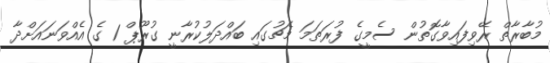
މުބާރާތް ރޭވިފައިވާގޮތުން ސެމީގެ ފުރަތަމަ މެޗުގައި ބައްދަލުކުރާނީ ގުރޫޕް 1 ގެ އެއްވަނައަށްދާ